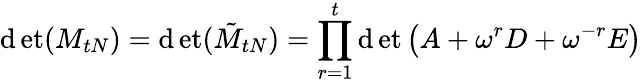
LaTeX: \operatorname*{\mathrm{d}et}(M_{tN})=\operatorname*{\mathrm{d}et}(\tilde{{M}}_{tN})=\prod_{r=1}^{t}\operatorname*{\mathrm{d}et}\left(A+\omega^{r}D+\omega^{-r}E\right)